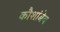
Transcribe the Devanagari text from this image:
कौशांबेय